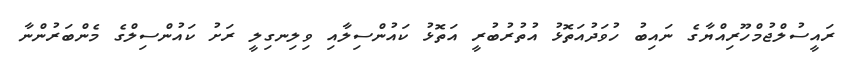
ރައީސުލްޖުމްހޫރިއްޔާގެ ނައިބު ހުވަދުއަތޮޅު އުތުރުބުރީ އަތޮޅު ކައުންސިލާއި ވިލިނގިލީ ރަށު ކައުންސިލްގެ މެންބަރުންނާ